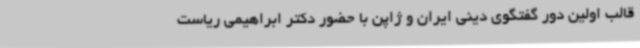
قالب اولین دور گفتگوی دینی ایران و ژاپن با حضور دکتر ابراهیمی ریاست